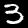
Digit: 3